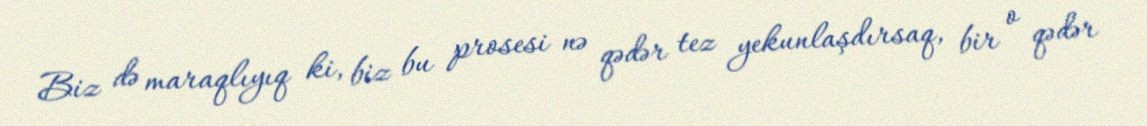
Biz də maraqlıyıq ki, biz bu prosesi nə qədər tez yekunlaşdırsaq, bir o qədər